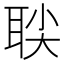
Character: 𬚙